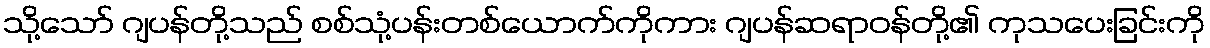
သို့သော် ဂျပန်တို့သည် စစ်သုံ့ပန်းတစ်ယောက်ကိုကား ဂျပန်ဆရာဝန်တို့၏ ကုသပေးခြင်းကို